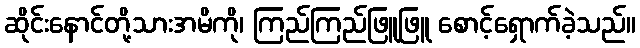
ဆိုင်းနောင်တို့သားအမိကို၊ ကြည်ကြည်ဖြူဖြူ စောင့်ရှောက်ခဲ့သည်။